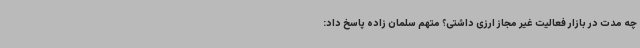
چه مدت در بازار فعالیت غیر مجاز ارزی داشتی؟ متهم سلمان زاده پاسخ داد: